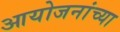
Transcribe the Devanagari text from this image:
आयोजनांच्‍या